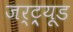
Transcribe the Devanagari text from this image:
जर्ट्र्यूड